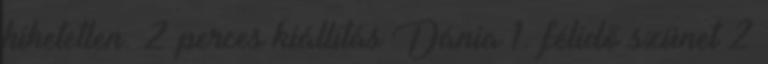
hihetetlen. 2 perces kiállítás Dánia 1. félidő szünet 2